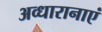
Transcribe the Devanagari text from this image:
अव्धारानाएं